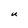
Character: m